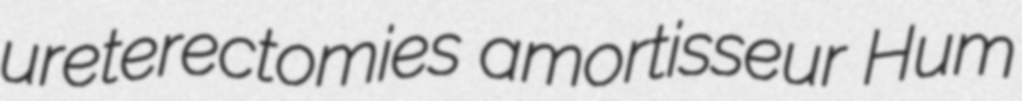
ureterectomies amortisseur Hum